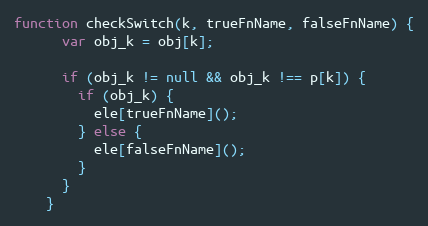
Language: JavaScript
function checkSwitch(k, trueFnName, falseFnName) {
      var obj_k = obj[k];

      if (obj_k != null && obj_k !== p[k]) {
        if (obj_k) {
          ele[trueFnName]();
        } else {
          ele[falseFnName]();
        }
      }
    }